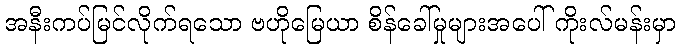
အနီးကပ်မြင်လိုက်ရသော ဗဟိုမြေယာ စိန်ခေါ်မှုများအပေါ် ကိုးလ်မန်းမှာ